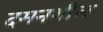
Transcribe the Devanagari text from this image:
दमनशील